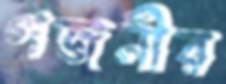
গজনীর